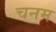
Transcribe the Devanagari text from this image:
चनम